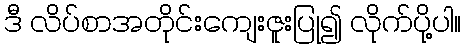
ဒီ လိပ်စာအတိုင်းကျေးဇူးပြု၍ လိုက်ပို့ပါ။